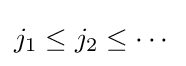
j_{1}\leq j_{2}\leq \cdots